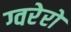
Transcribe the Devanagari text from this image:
ग्वरेरो